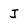
Character: J